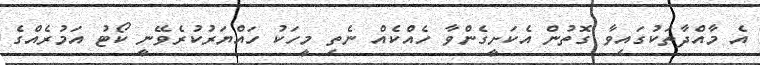
އެ މާއްދާތަކުގައިވާ ގޮތުން އެކަށީގެންވާ ހެއްކެއް ނެތި މީހަކު ހައްޔަރުކުރެވޭނީ ކޯޓު އަމުރެއްގެ